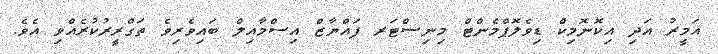
އަމީރު އަދި އިކޮނޮމިކް ޑިވެލޮޕްމެންޓް މިނިސްޓަރ ފައްޔާޒް އިސްމާއިލް ބައިވެރިވެ ތަގްރީރުކުރެއްވި އެވެ.